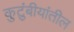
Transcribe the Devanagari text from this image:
कुटुंबीयांतील